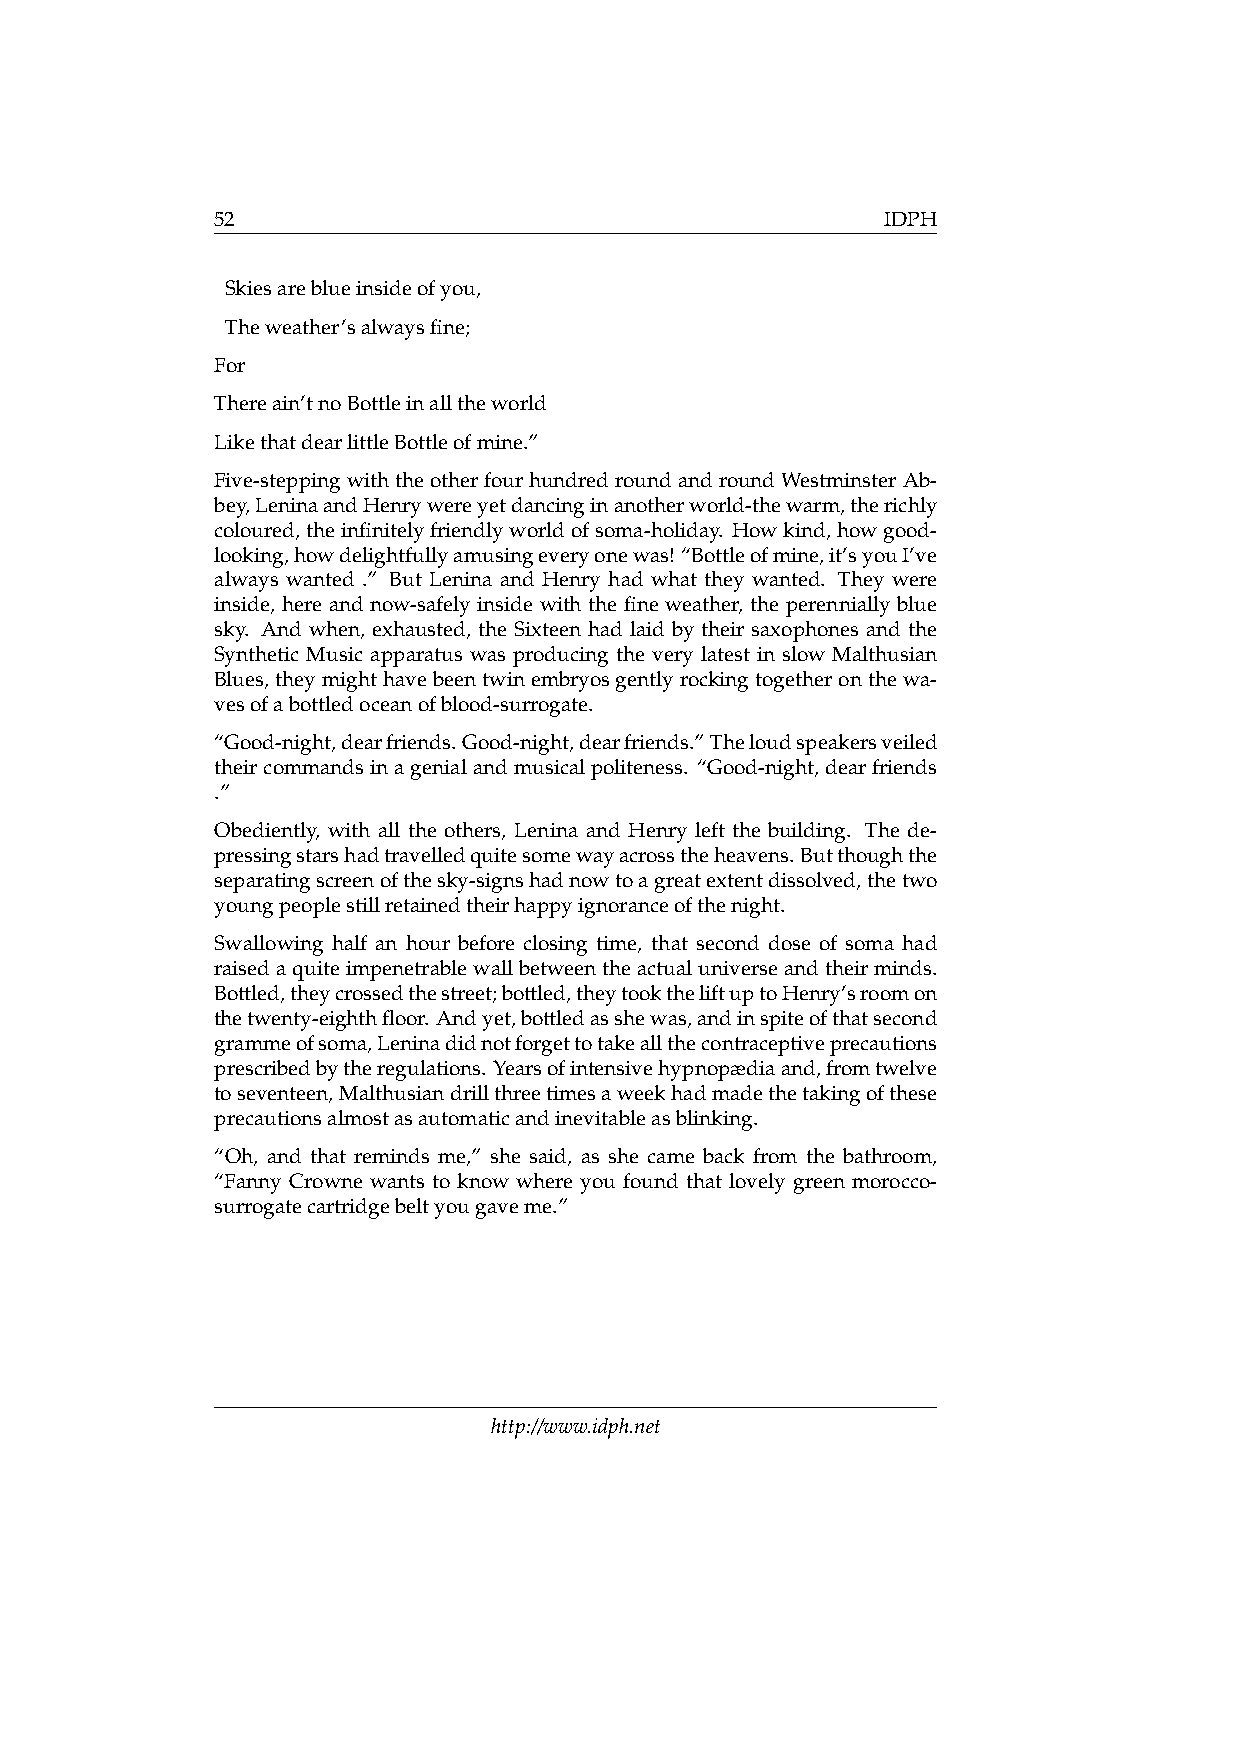
52                                           IDPH
 Skiesareblueinsideofyou,
 Theweather’salwaysfine;
 For
 Thereain’tnoBottleinalltheworld
 LikethatdearlittleBottleofmine.”
 Five-steppingwiththeotherfourhundredroundandroundWestminsterAb-
 bey,LeninaandHenrywereyetdancinginanotherworld-thewarm,therichly
 coloured,theinfinitelyfriendlyworldofsoma-holiday. Howkind,howgood-
 looking,howdelightfullyamusingeveryonewas! “Bottleofmine,it’syouI’ve
 always wanted .” But Lenina and Henry had what they wanted. They were
 inside, here and now-safely inside with the fine weather, the perennially blue
 sky. And when, exhausted, the Sixteen had laid by their saxophones and the
 Synthetic Music apparatus was producing the very latest in slow Malthusian
 Blues,theymighthavebeentwinembryosgentlyrockingtogetheronthewa-
 vesofabottledoceanofblood-surrogate.
 “Good-night,dearfriends.Good-night,dearfriends.”Theloudspeakersveiled
 theircommandsinagenialandmusicalpoliteness. “Good-night,dearfriends
 .”
 Obediently, with all the others, Lenina and Henry left the building. The de-
 pressingstarshadtravelledquitesomewayacrosstheheavens. Butthoughthe
 separatingscreenofthesky-signshadnowtoagreatextentdissolved,thetwo
 youngpeoplestillretainedtheirhappyignoranceofthenight.
 Swallowing half an hour before closing time, that second dose of soma had
 raisedaquiteimpenetrablewallbetweentheactualuniverseandtheirminds.
 Bottled,theycrossedthestreet;bottled,theytooktheliftuptoHenry’sroomon
 thetwenty-eighthfloor. Andyet,bottledasshewas,andinspiteofthatsecond
 grammeofsoma,Leninadidnotforgettotakeallthecontraceptiveprecautions
 prescribedbytheregulations. Yearsofintensivehypnopædiaand,fromtwelve
 toseventeen,Malthusiandrillthreetimesaweekhadmadethetakingofthese
 precautionsalmostasautomaticandinevitableasblinking.
 “Oh, and that reminds me,” she said, as she came back from the bathroom,
 “Fanny Crowne wants to know where you found that lovely green morocco-
 surrogatecartridgebeltyougaveme.”
 http://www.idph.net